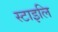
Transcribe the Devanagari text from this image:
स्टाइलि